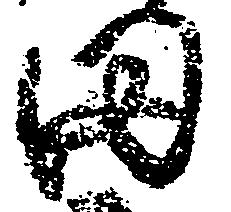
田